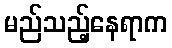
မည်သည့်နေရာက